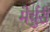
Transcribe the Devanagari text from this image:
मेर्चुरी